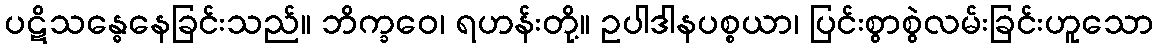
ပဋိသန္ဓေနေခြင်းသည်။ ဘိက္ခဝေ၊ ရဟန်းတို့။ ဥပါဒါနပစ္စယာ၊ ပြင်းစွာစွဲလမ်းခြင်းဟူသော